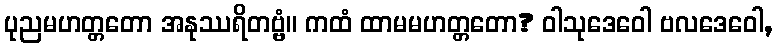
ပုညမဟတ္တတော အနုဿရိတဗ္ဗံ။ ကထံ ထာမမဟတ္တတော? ဝါသုဒေဝေါ ဗလဒေဝေါ,